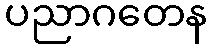
ပညာဂတေန